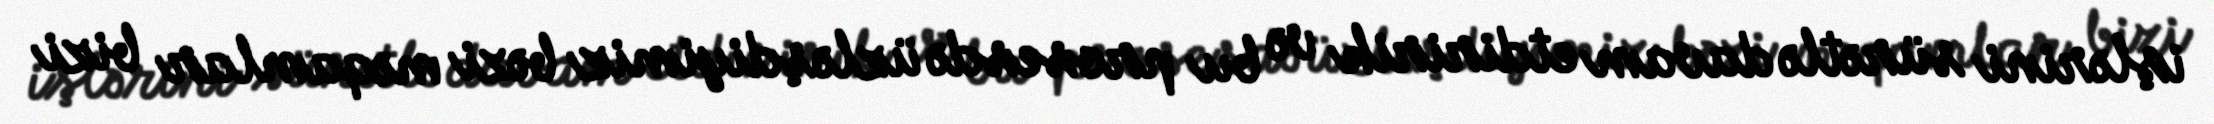
işlərini sürətlə davam etdiririk və bu prosesdə üzləşdiyimiz bəzi məqamlar bizi